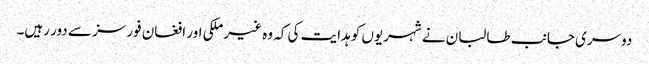
دوسری جانب طالبان نے شہریوں کو ہدایت کی کہ وہ غیر ملکی اور افغان فورسز سے دور رہیں۔